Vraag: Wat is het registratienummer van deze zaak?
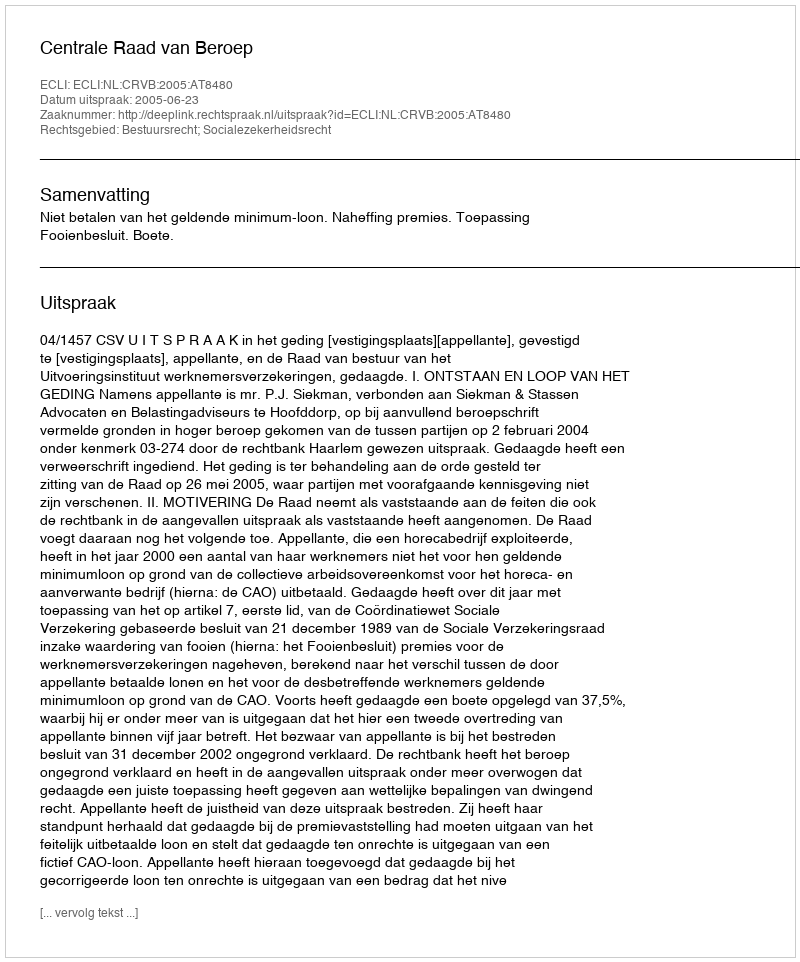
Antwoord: http://deeplink.rechtspraak.nl/uitspraak?id=ECLI:NL:CRVB:2005:AT8480